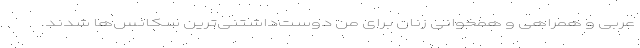
عربی و همراهی و همخوانی زنان برای من دوست‌داشتنی‌ترین سکانس‌ها شدند.